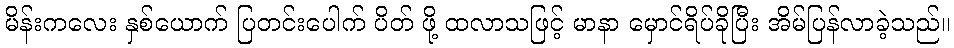
မိန်းကလေး နှစ်ယောက် ပြတင်းပေါက် ပိတ် ဖို့ ထလာသဖြင့် မာနာ မှောင်ရိပ်ခိုပြီး အိမ်ပြန်လာခဲ့သည်။